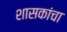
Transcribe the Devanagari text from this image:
शासकांचा